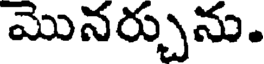
మొనర్చును.